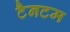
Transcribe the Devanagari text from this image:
टैनटम